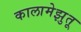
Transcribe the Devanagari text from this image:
कालामेझुतू